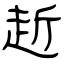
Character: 赾